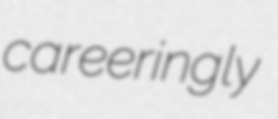
careeringly